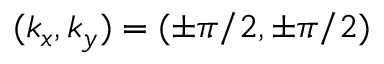
( k _ { x } , k _ { y } ) = ( \pm \pi / 2 , \pm \pi / 2 )